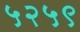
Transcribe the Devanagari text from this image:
५२५९